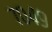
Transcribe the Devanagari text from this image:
७०४९